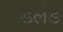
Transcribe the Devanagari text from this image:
डलंड